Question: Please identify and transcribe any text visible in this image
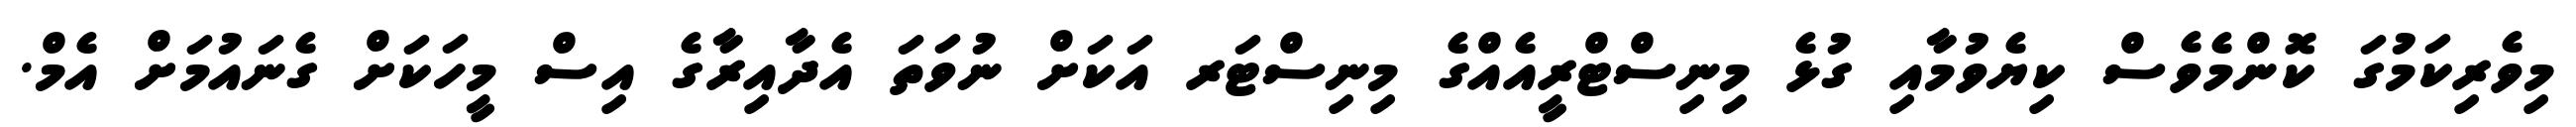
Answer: މިވެރިކަމުގަ ކޮންމެވެސް ކިޔެވުމާއި ގުޅެ މިނިސްޓްރީއެއްގެ މިނިސްޓަރ އަކަށް ނުވަތަ އެދާއިރާގެ އިސް މީހަކަށް ގެނައުމަށް އެމް.